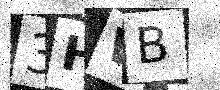
Text: 3HWB